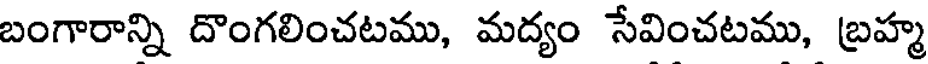
బంగారాన్ని దొంగలించటము, మద్యం సేవించటము, బ్రహ్మ